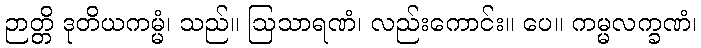
ဉာတ္တိ ဒုတိယကမ္မံ၊ သည်။ ဩသာရဏံ၊ လည်းကောင်း။ ပေ။ ကမ္မလက္ခဏံ၊